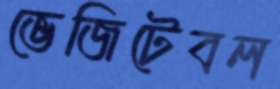
ভেজিটেবল